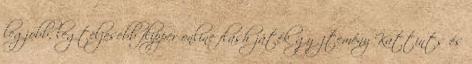
legjobb, legteljesebb flipper online flash játék gyűjtemény Kattints és